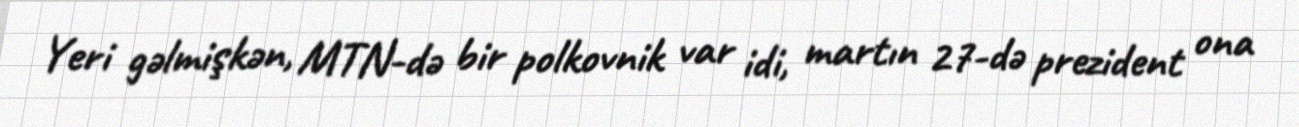
Yeri gəlmişkən, MTN-də bir polkovnik var idi, martın 27-də prezident ona